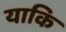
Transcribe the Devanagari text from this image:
याकि